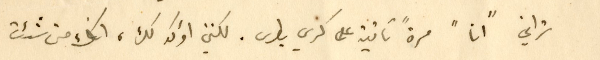
تراني "انا" مرةً ثانية على كرسي بطرس. لكنني اؤكد لك، انك متى شئت